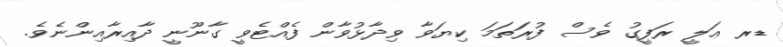
ޑރ ޢަލީ ރަފީގު ވެސް ފުރަތަމަ ކިޔަވާ ވިދާޅުވާން ފެއްޓެވީ ގާނޫނީ ދާއިރާއިންނެވެ.